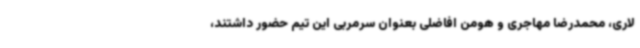
لاری، محمدرضا مهاجری و هومن افاضلی بعنوان سرمربی این تیم حضور داشتند،